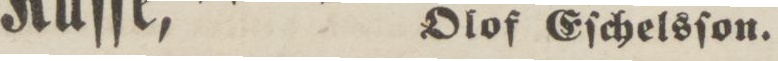
Olof Eſchelsſon.